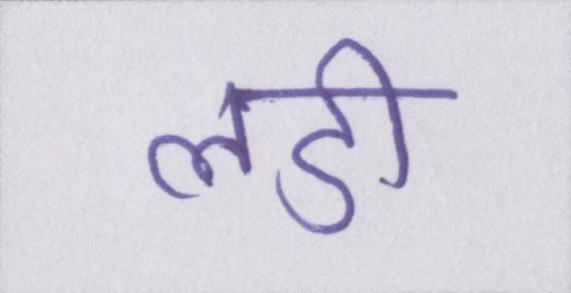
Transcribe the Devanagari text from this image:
लडी